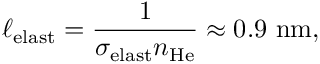
\ell _ { \mathrm { e l a s t } } = \frac { 1 } { \sigma _ { \mathrm { e l a s t } } n _ { \mathrm { H e } } } \approx 0 . 9 ~ \mathrm { n m } ,